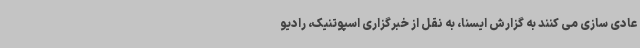
عادی سازی می کنند به گزارش ایسنا، به نقل از خبرگزاری اسپوتنیک، رادیو